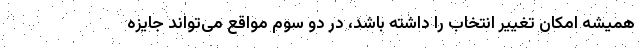
همیشه امکان تغییر انتخاب را داشته باشد، در دو سوم مواقع می‌تواند جایزه